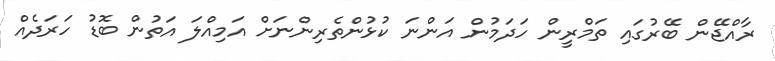
ރާއްޖޭން ބޭރުގައި ތަމްރީން ހަދަމުން އަންނަ ކުޅުންތެރިންނަށް އަމިއްލަ އަތުން ބޮޑު ހަރަދެއް